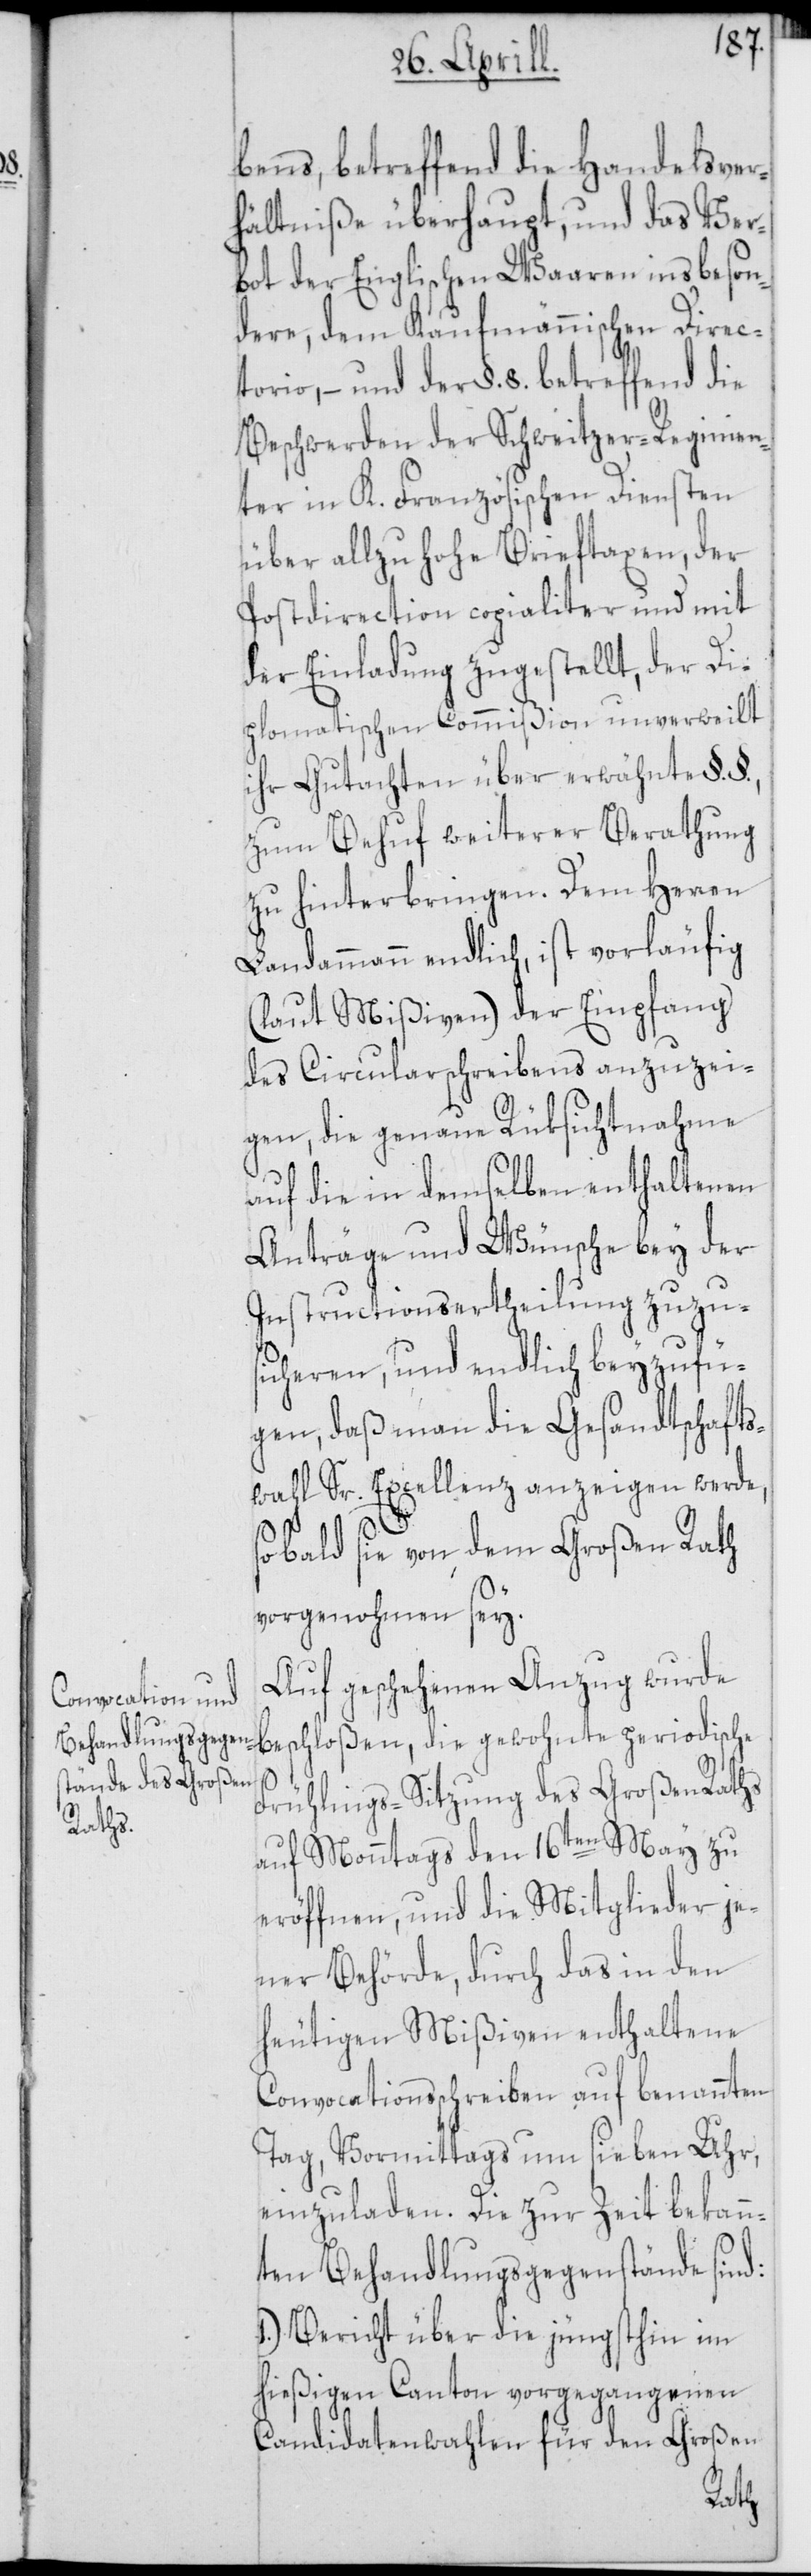
bens, betreffend die Handelsver¬
hältniße überhaupt, und das Ver¬
bot der Englischen Waaren insbeson¬
dere, dem Kaufmännischen Direc¬
torio, – und der §. 8. betreffend die
Beschwerden der Schweitzer-Regimen¬
ter in K. Französischen Diensten
über allzu hohe Brieftaxen, der
Postdirection copialiter und mit
der Einladung zugestellt, der Di¬
plomatischen Commißion unverweilt
ihr Gutachten über erwähnte §.
zum Behuf weiterer Berathung
zu hinterbringen. Dem Herren
Landammann endlich, ist vorläufig
(laut Mißiven) der Empfang
des Circularschreibens anzuzei¬
gen, die genaue Rüksichtnahme
auf die in demselben enthaltenen
Anträge und Wünsche bey der
Instructionsertheilung zuzu¬
sicheren, und endlich beyzufü¬
gen, daß man die Gesandtschafts¬
wahl Sr. Excellenz anzeigen werde,
sobald sie von dem Großen Rath
vorgenohmen sey.
Auf geschehenen Anzug wurde
beschloßen, die gewohnte periodische
Frühlings-Sitzung des Großen Raths
auf Monntags den 16ten May zu
eröffnen, und die Mitglieder je¬
ner Behörde, durch das in den
heutigen Mißiven enthaltene
Convocationsschreiben auf benannten
Tag, Vormittags um sieben Uhr,
einzuladen. Die zur Zeit bekann¬
ten Behandlungsgegenstände sind:
1.) Bericht über die jüngsthin im
hießigen Canton vorgegangenen
Candidatenwahlen für den Großen